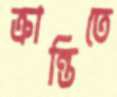
ক্রান্তিতে